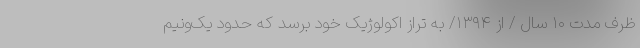
ظرف مدت ۱۰ سال / از ۱۳۹۴/ به تراز اکولوژیک خود برسد که حدود یک‌ونیم